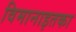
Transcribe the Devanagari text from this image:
विमानाइतका